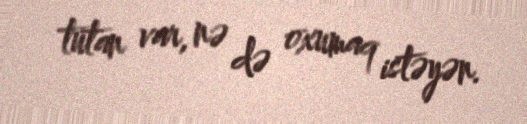
tutan var, nə də oxumaq istəyən.